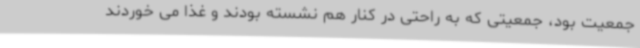
جمعیت بود، جمعیتی که به راحتی در کنار هم نشسته بودند و غذا می خوردند